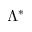
\Lambda ^ { * }